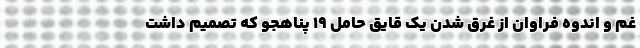
غم و اندوه فراوان از غرق شدن یک قایق حامل ۱۹ پناهجو که تصمیم داشت